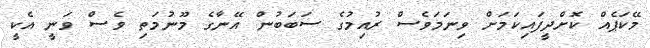
މޭކަޕެއް ކޮށްދީފައިކަމަށް ވިނަމަވެސް ރުއިމުގެ ސަބަބުން އޭނާގެ މޫނުމަތި ވެސް ވަނީ އެކީ